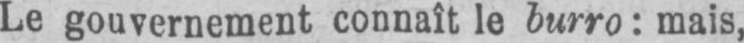
Le gouvernement connaît le burro: mais,